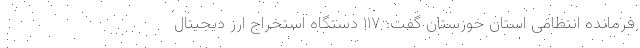
فرمانده انتظامی استان خوزستان گفت: ۱۱۷ دستگاه استخراج ارز دیجیتال